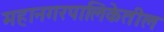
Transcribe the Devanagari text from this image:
महानगरपालिकेतील